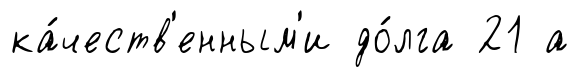
ка́честв'енным'и до́лга 21 а